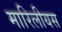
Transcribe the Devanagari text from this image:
मारिलीयस